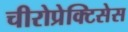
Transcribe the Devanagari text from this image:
चीरोप्रेक्टिसेस